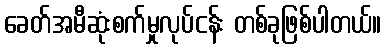
ခေတ်အမီဆုံးစက်မှုလုပ်ငန်း တစ်ခုဖြစ်ပါတယ်။